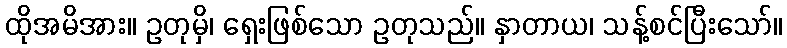
ထိုအမိအား။ ဥတုမှိ၊ ရှေးဖြစ်သော ဥတုသည်။ နှာတာယ၊ သန့်စင်ပြီးသော်။